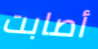
أصابت